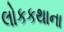
લોકકથાના